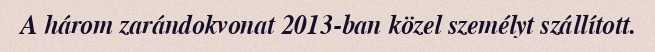
A három zarándokvonat 2013-ban közel személyt szállított.